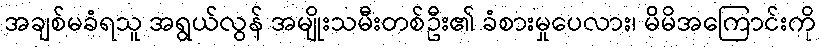
အချစ်မခံရသူ အရွယ်လွန် အမျိုးသမီးတစ်ဦး၏ ခံစားမှုပေလား၊ မိမိအကြောင်းကို